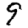
Digit: 9